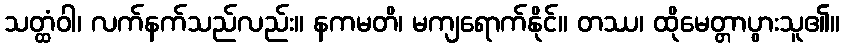
သတ္ထံဝါ၊ လက်နက်သည်လည်း။ နကမတိ၊ မကျရောက်နိုင်။ တဿ၊ ထိုမေတ္တာပွားသူ၏။